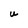
Character: U